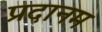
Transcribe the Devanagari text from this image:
प्रदानम